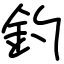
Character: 釣